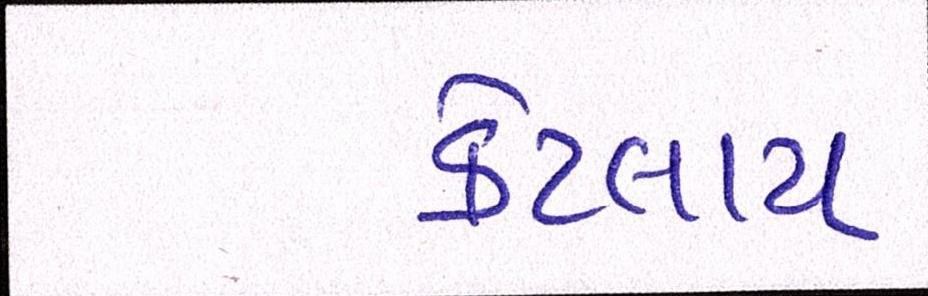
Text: કેટલાય